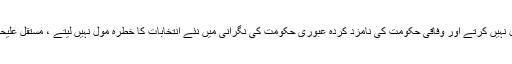
لہٰذا جب تک وہ صوبائی اسمبلی تحلیل نہیں کرتے اور وفاقی حکومت کی نامزد کردہ عبوری حکومت کی نگرانی میں نئے انتخابات کا خطرہ مول نہیں لیتے ، مستقل علیحدگی کی ساری باتیں قبل از وقت ہیں۔